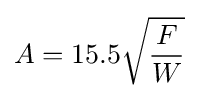
A=15.5{\sqrt {\frac {F}{W}}}